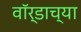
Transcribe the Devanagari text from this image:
वॉर्डाच्या